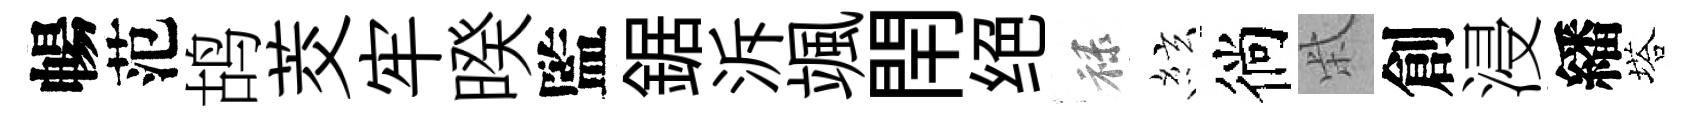
暢范鸪茭牢暌監鋸泝颯閈绝禄絃徜柴創浸繙塔